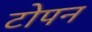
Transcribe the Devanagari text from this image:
टोपन